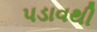
પડાવથી